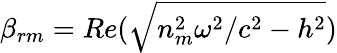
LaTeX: \beta_{rm}=Re(\sqrt{n_{m}^{2}\omega^{2}/c^{2}-h^{2}})